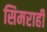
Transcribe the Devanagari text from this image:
सिमराही